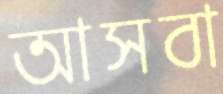
আসবা